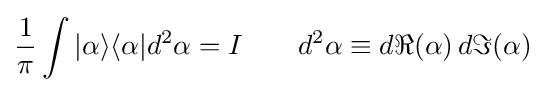
{\frac {1}{\pi }}\int |\alpha \rangle \langle \alpha |d^{2}\alpha =I\qquad d^{2}\alpha \equiv d\Re (\alpha )\,d\Im (\alpha )~